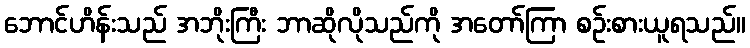
ဘောင်ဟိန်းသည် အဘိုးကြီး ဘာဆိုလိုသည်ကို အတော်ကြာ စဉ်းစားယူရသည်။